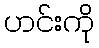
ဟင်းကို